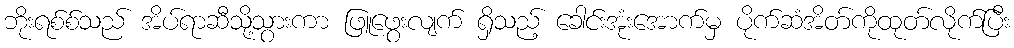
ဘိုးရစ်စ်သည် အိပ်ရာဆီသို့သွားကာ ဖြူဖွေးလျက် ရှိသည့် ခေါင်းအုံးအောက်မှ ပိုက်ဆံအိတ်ကိုထုတ်လိုက်ပြီး